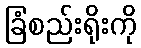
ခြံစည်းရိုးကို